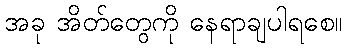
အခု အိတ်တွေကို နေရာချပါရစေ။